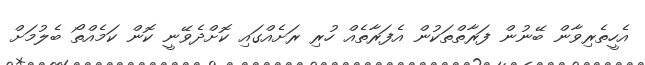
އެހީތެރިވާން ބޭނުން ފަރާތްތަކުން އެފަރާތެއް ހުރި ރަށެއްގައި ކޮށްދެވޭނީ ކޮން ކަމެއްތޯ ބެލުމަށް